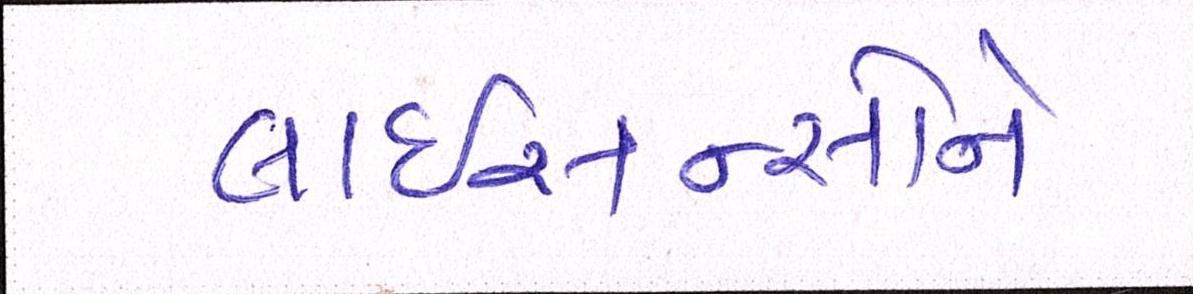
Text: લાઇસન્સોને